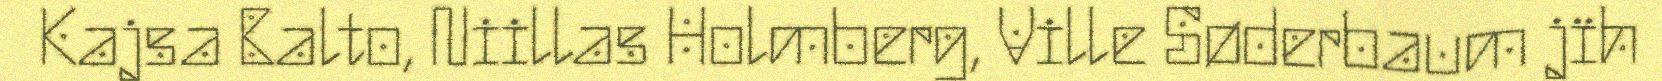
Kajsa Balto, Niillas Holmberg, Ville Søderbaum jïh